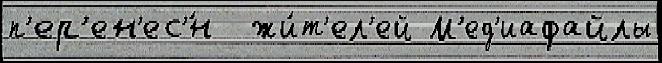
п'ер'ен'ес'́н  жи́т'ел'ей М'ед'иафайлы